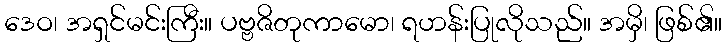
ဒေဝ၊ အရှင်မင်းကြီး။ ပဗ္ဗဇိတုကာမော၊ ရဟန်းပြုလိုသည်။ အမှိ၊ ဖြစ်၏။